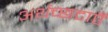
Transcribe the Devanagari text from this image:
अर्थच्छटाएँ